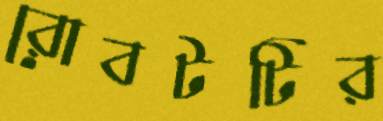
রোবটটির